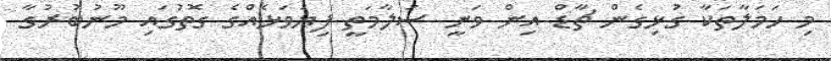
މި ހަމަލާތަކާ ގުޅިގެން ޗާޑް އިން ވަނީ ސަލާމަތީ ފިޔަވަޅެއްގެ ގޮތުގައި މޫނުބުރުގާ